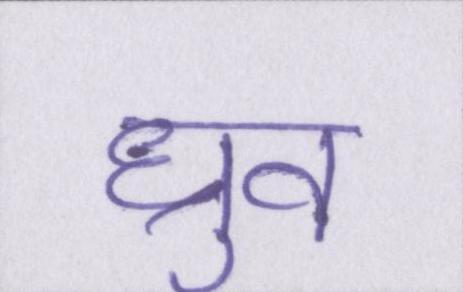
ध्रुव